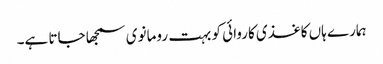
ہمارے ہاں کاغذی کاروائی کو بہت رومانوی سمجھا جاتا ہے۔